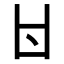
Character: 𠁿